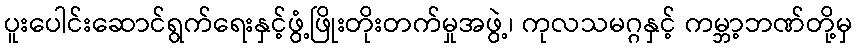
ပူးပေါင်းဆောင်ရွက်ရေးနှင့်ဖွံ့ဖြိုးတိုးတက်မှုအဖွဲ့၊ ကုလသမဂ္ဂနှင့် ကမ္ဘာ့ဘဏ်တို့မှ